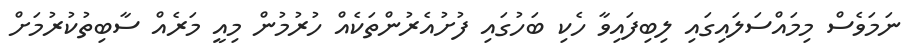
ނަމަވެސް މިމައްސަލައިގައި ލިބިފައިވާ ހެކި ބަހުގައި ފުށުއެރުންތަކެއް ހުރުމުން މިއީ މަރެއް ސާބިތުކުރުމަށް